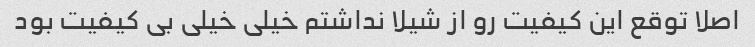
اصلا توقع این کیفیت رو از شیلا نداشتم خیلی خیلی بی کیفیت بود